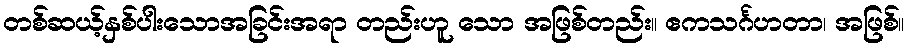
တစ်ဆယ့်နှစ်ပါးသောအခြင်းအရာ တည်းဟူ သော အဖြစ်တည်း။ ဧကသင်္ဂဟတာ၊ အဖြစ်။